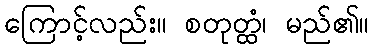
ကြောင့်လည်း။ စတုတ္ထံ၊ မည်၏။